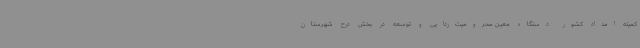
کمیته امداد کشور دستگاه معین محرومیت‌زدایی و توسعه در بخش درح شهرستان